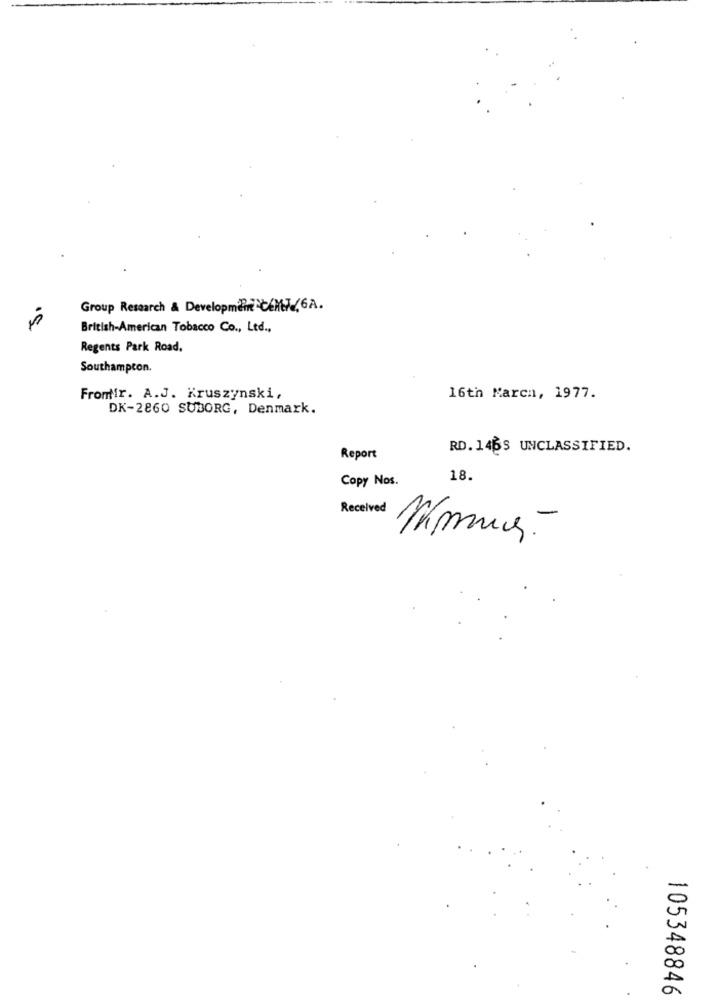
Group Research & Development CEMET 6A.
British-American Tobacco Co ., Ltd .,
Regents Park Road.
Southampton.
Fromtir. A.J. Kruszynski,
16th March, 1977.
DK-2860 SUBORG, Denmark.
RD. 146S UNCLASSIFIED.
Report
Copy Nos.
18.
Received
mmung.
105348846